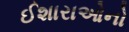
ઈશારાઓનો